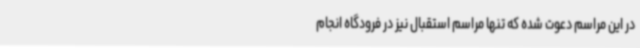
در این مراسم دعوت شده که تنها مراسم استقبال نیز در فرودگاه انجام